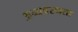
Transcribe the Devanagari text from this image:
अव्यवस्थता